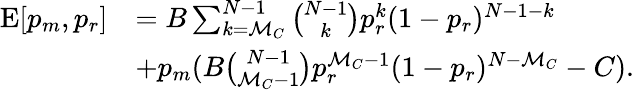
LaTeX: \begin{array}{rl}{\mathrm{E}[p_{m},p_{r}]}&{=B\sum_{k=\mathcal{M}_{C}}^{N-1}{\binom{N-1}{k}}p_{r}^{k}(1-p_{r})^{N-1-k}}\\ &{+p_{m}(B{\binom{N-1}{\mathcal{M}_{C}-1}}p_{r}^{\mathcal{M}_{C}-1}(1-p_{r})^{N-\mathcal{M}_{C}}-C).}\end{array}